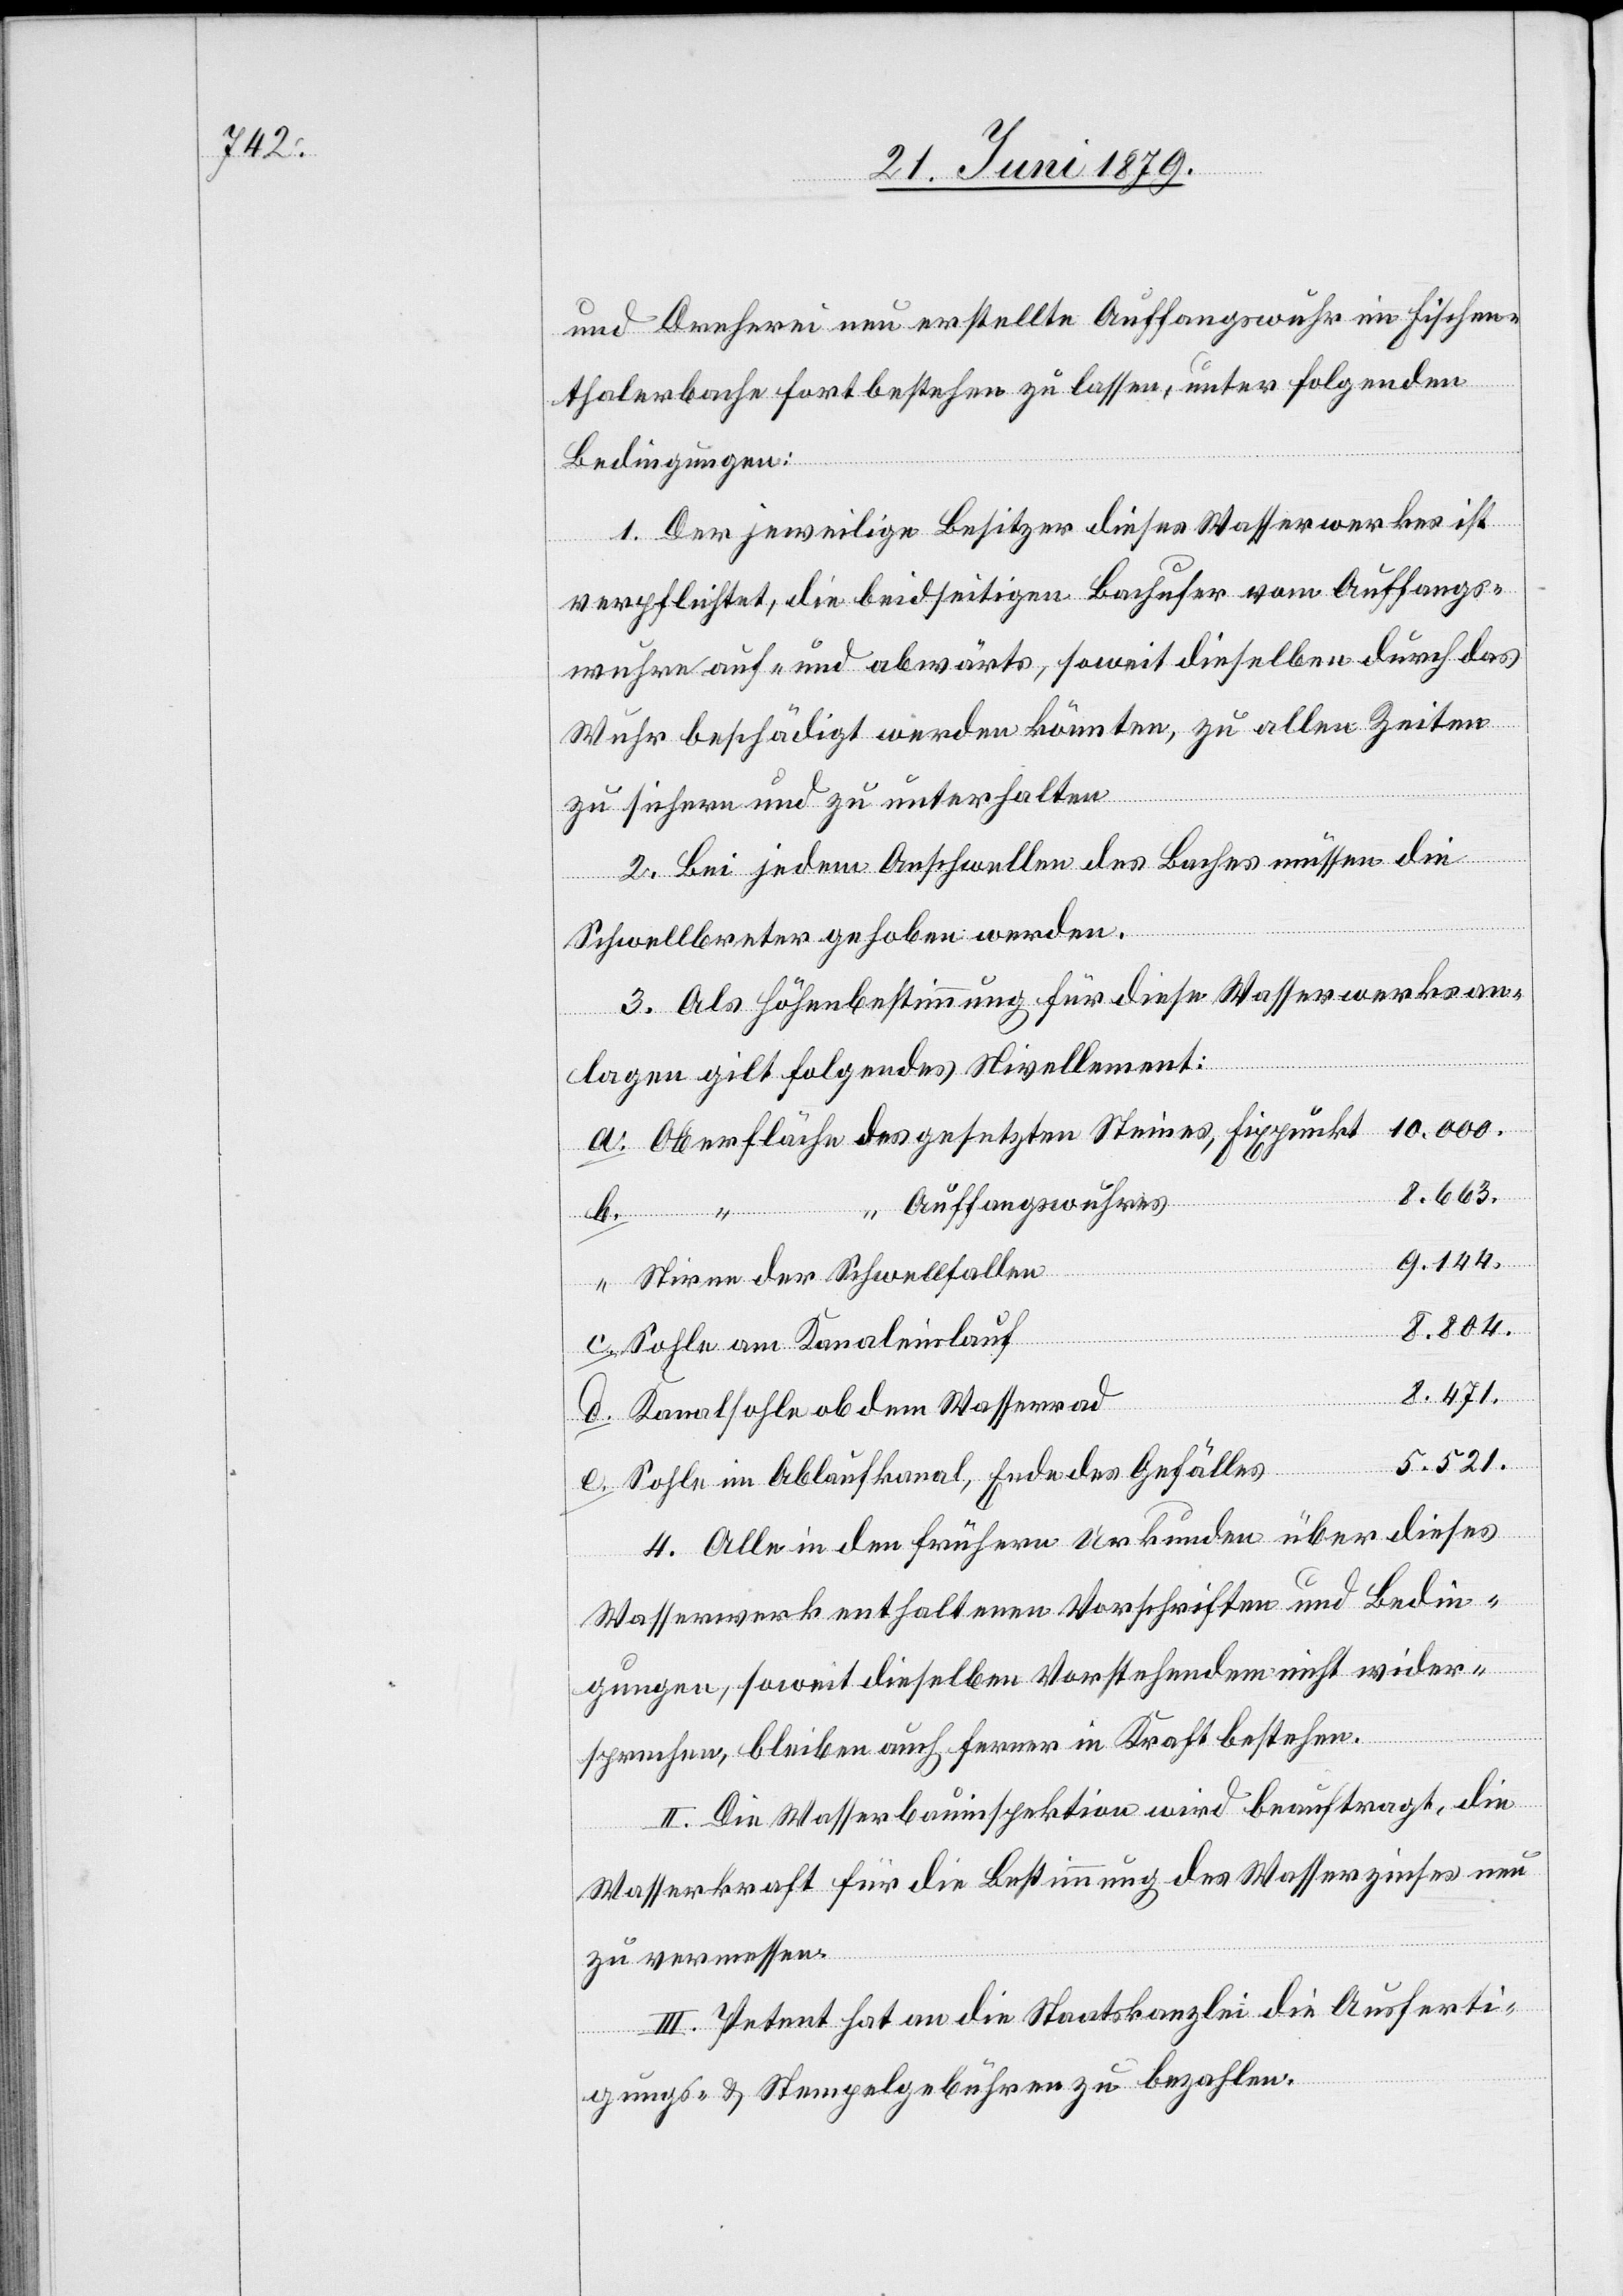
und Dreherei neu erstellte Auffangswuhr im Fischen¬
thalerbache fort bestehen zu lassen, unter folgenden
Bedingungen:
1. Der jeweilige Besitzer dieses Wasserwerkes ist
e.
verpflichtet, die beidseitigen Bachufer vom Auffangs¬
wuhre auf- und abwärts, soweit dieselben durch das
Wuhr beschädigt werden könnten, zu allen Zeiten
zu sichern und zu unterhalten[.]
2. Bei jedem Anschwellen des Baches müssen die
Schwellbret[t]er gehoben werden.
3. Als Höhenbestimmung für diese Wasserwerksan¬
lagen gilt folgendes Nivellement:
10.000.
Oberfläche des gesetzten Steines, Fixpunkt
8.663.
“ Auffangswuhres
d.
9.144.
Stirne der Schwellfallen
8.804.
Sohle am Kanaleinlauf
8.471.
Kanalsohle ob dem Wasserrad
5.521.
Sohle im Ablaufkanal, Ende des Gefälles
4. Alle in den frühern Urkunden über dieses
Wasserwerk enthaltenen Vorschriften und Bedin¬
gungen, soweit dieselben Vorstehendem nicht wider¬
sprechen, bleiben auch ferner in Kraft bestehen.
II. Die Wasserbauinspektion wird beauftragt, die
Wasserkraft für die Bestimmung des Wasserzinses neu
zu vermessen.
III. Petent hat an die Staatskanzlei die Ausferti¬
gungs- & Stempelgebühren zu bezahlen.